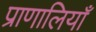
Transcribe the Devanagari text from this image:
प्राणालियाँ